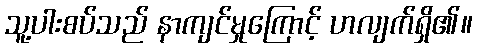
သူ့ပါးစပ်သည် နာကျင်မှုကြောင့် ဟလျက်ရှိ၏။